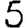
Digit: 5